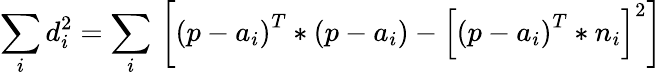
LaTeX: {\underset{i}{\mathop{\sum}}}\, d_{i}^{2}={\underset{i}{\mathop{\sum}}}\, \left[{{\left(p-{{a}_{i}}\right)}^{T}}*\left(p-{{a}_{i}}\right)-{{\left[{{\left(p-{{a}_{i}}\right)}^{T}}*{{n}_{i}}\right]}^{2}}\right]